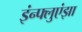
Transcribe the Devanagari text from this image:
इंन्फ्लुएंझा